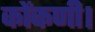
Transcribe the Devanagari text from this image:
कोंकणी।